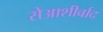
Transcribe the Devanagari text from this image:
सेआशीर्वाद